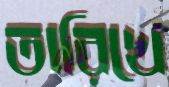
তারিখে